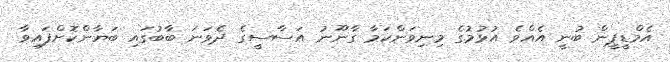
އެމްޑީޕީން ބުނީ އެއްވެ އުޅުމުގެ މިނިވަންކަމާ ގާނޫނު އަސާސީގެ ދެވަނަ ބާބުގައި ބަޔާންކޮށްފައިވާ